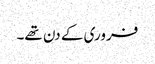
فروری کے دن تھے۔